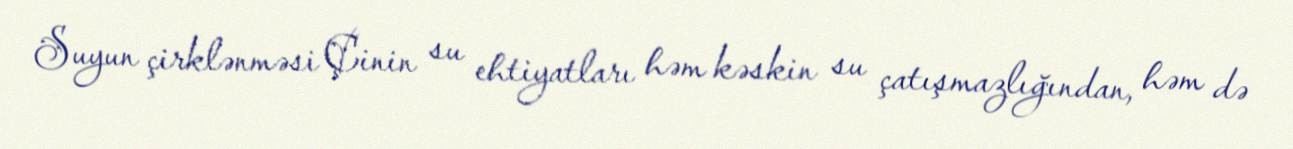
Suyun çirklənməsi Çinin su ehtiyatları həm kəskin su çatışmazlığından, həm də